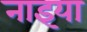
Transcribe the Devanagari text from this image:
नाइया